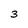
Character: 3